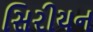
સિરીયન